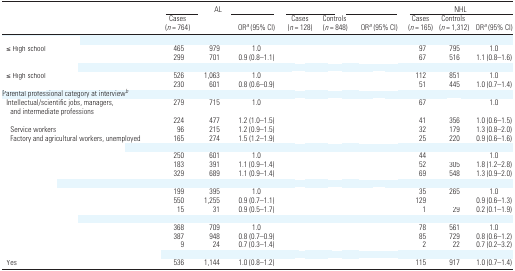
<table><thead><tr><td>[EMPTY_CELL]</td><td colspan="3"><b>AL</b></td><td colspan="3">[EMPTY_CELL]</td><td colspan="3"><b>NHL</b></td></tr><tr><td>[EMPTY_CELL]</td><td><b>Cases (<i>n</i> = 764)</b></td><td>[EMPTY_CELL]</td><td><b>ORa (95% CI)</b></td><td><b>Cases (<i>n</i> = 128)</b></td><td><b>Controls (<i>n</i> = 848)</b></td><td><b>ORa (95% CI)</b></td><td><b>Cases (<i>n</i> = 165)</b></td><td><b>Controls (<i>n</i> = 1,312)</b></td><td><b>ORa (95% CI)</b></td></tr></thead><tbody><tr><td colspan="10">[EMPTY_CELL]</td></tr><tr><td> ≤High school</td><td>465</td><td>979</td><td>1.0</td><td>[EMPTY_CELL]</td><td>[EMPTY_CELL]</td><td>[EMPTY_CELL]</td><td>97</td><td>795</td><td>1.0</td></tr><tr><td>[EMPTY_CELL]</td><td>299</td><td>701</td><td>0.9 (0.8–1.1)</td><td>[EMPTY_CELL]</td><td>[EMPTY_CELL]</td><td>[EMPTY_CELL]</td><td>67</td><td>516</td><td>1.1 (0.8–1.6)</td></tr><tr><td colspan="10">[EMPTY_CELL]</td></tr><tr><td> ≤High school</td><td>526</td><td>1,063</td><td>1.0</td><td>[EMPTY_CELL]</td><td>[EMPTY_CELL]</td><td>[EMPTY_CELL]</td><td>112</td><td>851</td><td>1.0</td></tr><tr><td>[EMPTY_CELL]</td><td>230</td><td>601</td><td>0.8 (0.6–0.9)</td><td>[EMPTY_CELL]</td><td>[EMPTY_CELL]</td><td>[EMPTY_CELL]</td><td>51</td><td>445</td><td>1.0 (0.7–1.4)</td></tr><tr><td colspan="10">Parental professional category at interviewb</td></tr><tr><td> Intellectual/scientific jobs, managers, and intermediate professions</td><td>279</td><td>715</td><td>1.0</td><td>[EMPTY_CELL]</td><td>[EMPTY_CELL]</td><td>[EMPTY_CELL]</td><td>67</td><td>[EMPTY_CELL]</td><td>1.0</td></tr><tr><td>[EMPTY_CELL]</td><td>224</td><td>477</td><td>1.2 (1.0–1.5)</td><td>[EMPTY_CELL]</td><td>[EMPTY_CELL]</td><td>[EMPTY_CELL]</td><td>41</td><td>356</td><td>1.0 (0.6–1.5)</td></tr><tr><td>Service workers</td><td>96</td><td>215</td><td>1.2 (0.9–1.5)</td><td>[EMPTY_CELL]</td><td>[EMPTY_CELL]</td><td>[EMPTY_CELL]</td><td>32</td><td>179</td><td>1.3 (0.8–2.0)</td></tr><tr><td>Factory and agricultural workers, unemployed</td><td>165</td><td>274</td><td>1.5 (1.2–1.9)</td><td>[EMPTY_CELL]</td><td>[EMPTY_CELL]</td><td>[EMPTY_CELL]</td><td>25</td><td>220</td><td>0.9 (0.6–1.6)</td></tr><tr><td colspan="10">[EMPTY_CELL]</td></tr><tr><td>[EMPTY_CELL]</td><td>250</td><td>601</td><td>1.0</td><td>[EMPTY_CELL]</td><td>[EMPTY_CELL]</td><td>[EMPTY_CELL]</td><td>44</td><td>[EMPTY_CELL]</td><td>1.0</td></tr><tr><td>[EMPTY_CELL]</td><td>183</td><td>391</td><td>1.1 (0.9–1.4)</td><td>[EMPTY_CELL]</td><td>[EMPTY_CELL]</td><td>[EMPTY_CELL]</td><td>52</td><td>305</td><td>1.8 (1.2–2.8)</td></tr><tr><td>[EMPTY_CELL]</td><td>329</td><td>689</td><td>1.1 (0.9–1.4)</td><td>[EMPTY_CELL]</td><td>[EMPTY_CELL]</td><td>[EMPTY_CELL]</td><td>69</td><td>548</td><td>1.3 (0.9–2.0)</td></tr><tr><td colspan="10">[EMPTY_CELL]</td></tr><tr><td>[EMPTY_CELL]</td><td>199</td><td>395</td><td>1.0</td><td>[EMPTY_CELL]</td><td>[EMPTY_CELL]</td><td>[EMPTY_CELL]</td><td>35</td><td>265</td><td>1.0</td></tr><tr><td>[EMPTY_CELL]</td><td>550</td><td>1,255</td><td>0.9 (0.7–1.1)</td><td>[EMPTY_CELL]</td><td>[EMPTY_CELL]</td><td>[EMPTY_CELL]</td><td>129</td><td>[EMPTY_CELL]</td><td>0.9 (0.6–1.3)</td></tr><tr><td>[EMPTY_CELL]</td><td>15</td><td>31</td><td>0.9 (0.5–1.7)</td><td>[EMPTY_CELL]</td><td>[EMPTY_CELL]</td><td>[EMPTY_CELL]</td><td>1</td><td>29</td><td>0.2 (0.1–1.9)</td></tr><tr><td colspan="10">[EMPTY_CELL]</td></tr><tr><td>[EMPTY_CELL]</td><td>368</td><td>709</td><td>1.0</td><td>[EMPTY_CELL]</td><td>[EMPTY_CELL]</td><td>[EMPTY_CELL]</td><td>78</td><td>561</td><td>1.0</td></tr><tr><td>[EMPTY_CELL]</td><td>387</td><td>948</td><td>0.8 (0.7–0.9)</td><td>[EMPTY_CELL]</td><td>[EMPTY_CELL]</td><td>[EMPTY_CELL]</td><td>85</td><td>729</td><td>0.8 (0.6–1.2)</td></tr><tr><td>[EMPTY_CELL]</td><td>9</td><td>24</td><td>0.7 (0.3–1.4)</td><td>[EMPTY_CELL]</td><td>[EMPTY_CELL]</td><td>[EMPTY_CELL]</td><td>2</td><td>22</td><td>0.7 (0.2–3.2)</td></tr><tr><td colspan="10">[EMPTY_CELL]</td></tr><tr><td> Yes</td><td>536</td><td>1,144</td><td>1.0 (0.8–1.2)</td><td>[EMPTY_CELL]</td><td>[EMPTY_CELL]</td><td>[EMPTY_CELL]</td><td>115</td><td>917</td><td>1.0 (0.7–1.4)</td></tr></tbody></table>